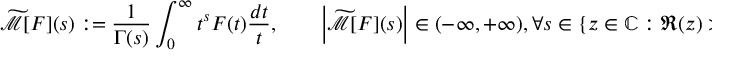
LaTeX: { \widetilde { \mathcal { M } } } [ F ] ( s ) : = { \frac { 1 } { \Gamma ( s ) } } \int _ { 0 } ^ { \infty } t ^ { s } F ( t ) { \frac { d t } { t } } , \qquad \left| { \widetilde { \mathcal { M } } } [ F ] ( s ) \right| \in ( - \infty , + \infty ) , \forall s \in \{ z \in \mathbb { C } : \Re ( z ) > 0 \} \setminus \{ \zeta _ { 1 } ( F ) , \ldots , \zeta _ { k } ( F ) \} .